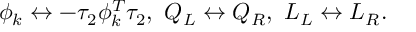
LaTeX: \phi _ { k } \leftrightarrow - \tau _ { 2 } \phi _ { k } ^ { T } \tau _ { 2 } , \mathrm { ~ } Q _ { L } \leftrightarrow Q _ { R } , \mathrm { ~ } L _ { L } \leftrightarrow L _ { R } .